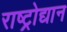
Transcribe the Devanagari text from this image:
राष्ट्रोद्यान